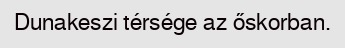
Dunakeszi térsége az őskorban.